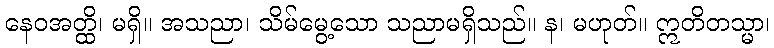
နေဝအတ္ထိ၊ မရှိ။ အသညာ၊ သိမ်မွေ့သော သညာမရှိသည်။ န၊ မဟုတ်။ ဣတိတသ္မာ၊